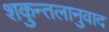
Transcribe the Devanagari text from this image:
शकुन्तलानुवाद